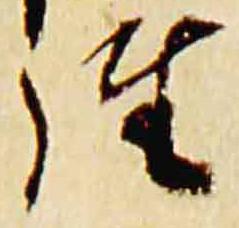
経